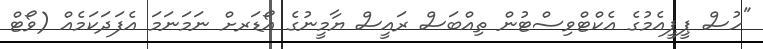
"ހުސް ޕީޕީއެމުގެ އެކްޓްވިސްޓުން ތިއްބަސް ރައީސް ޔާމީނުގެ އޯޑަރށް ނަމަނަމަ އެފަދަކަމެއް (ވޯޓް